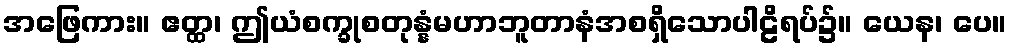
အဖြေကား။ ဧတ္ထ၊ ဤယံစက္ခုစတုန္နံမဟာဘူတာနံအစရှိသောပါဠိရပ်၌။ ယေန၊ ပေ။